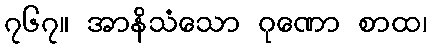
၇၆၇။ အာနိသံသော ဂုဏော စာထ၊